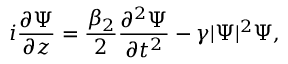
i \frac { \partial \Psi } { \partial z } = \frac { \beta _ { 2 } } { 2 } \frac { \partial ^ { 2 } \Psi } { \partial t ^ { 2 } } - \gamma | \Psi | ^ { 2 } \Psi ,